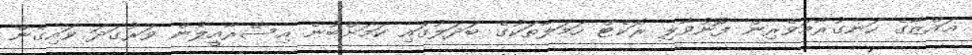
ޣައްޒާގެ ހަނގުރާމަވެރިން ފޮނުވާލި ރޮކެޓް ހަމަލާތަކުގެ ބަދަލުގައި ކަމަށްބުނެ އިސްރާއީލުން ވަރުގަދަ ވައިގެން